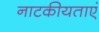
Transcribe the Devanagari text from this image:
नाटकीयताएं